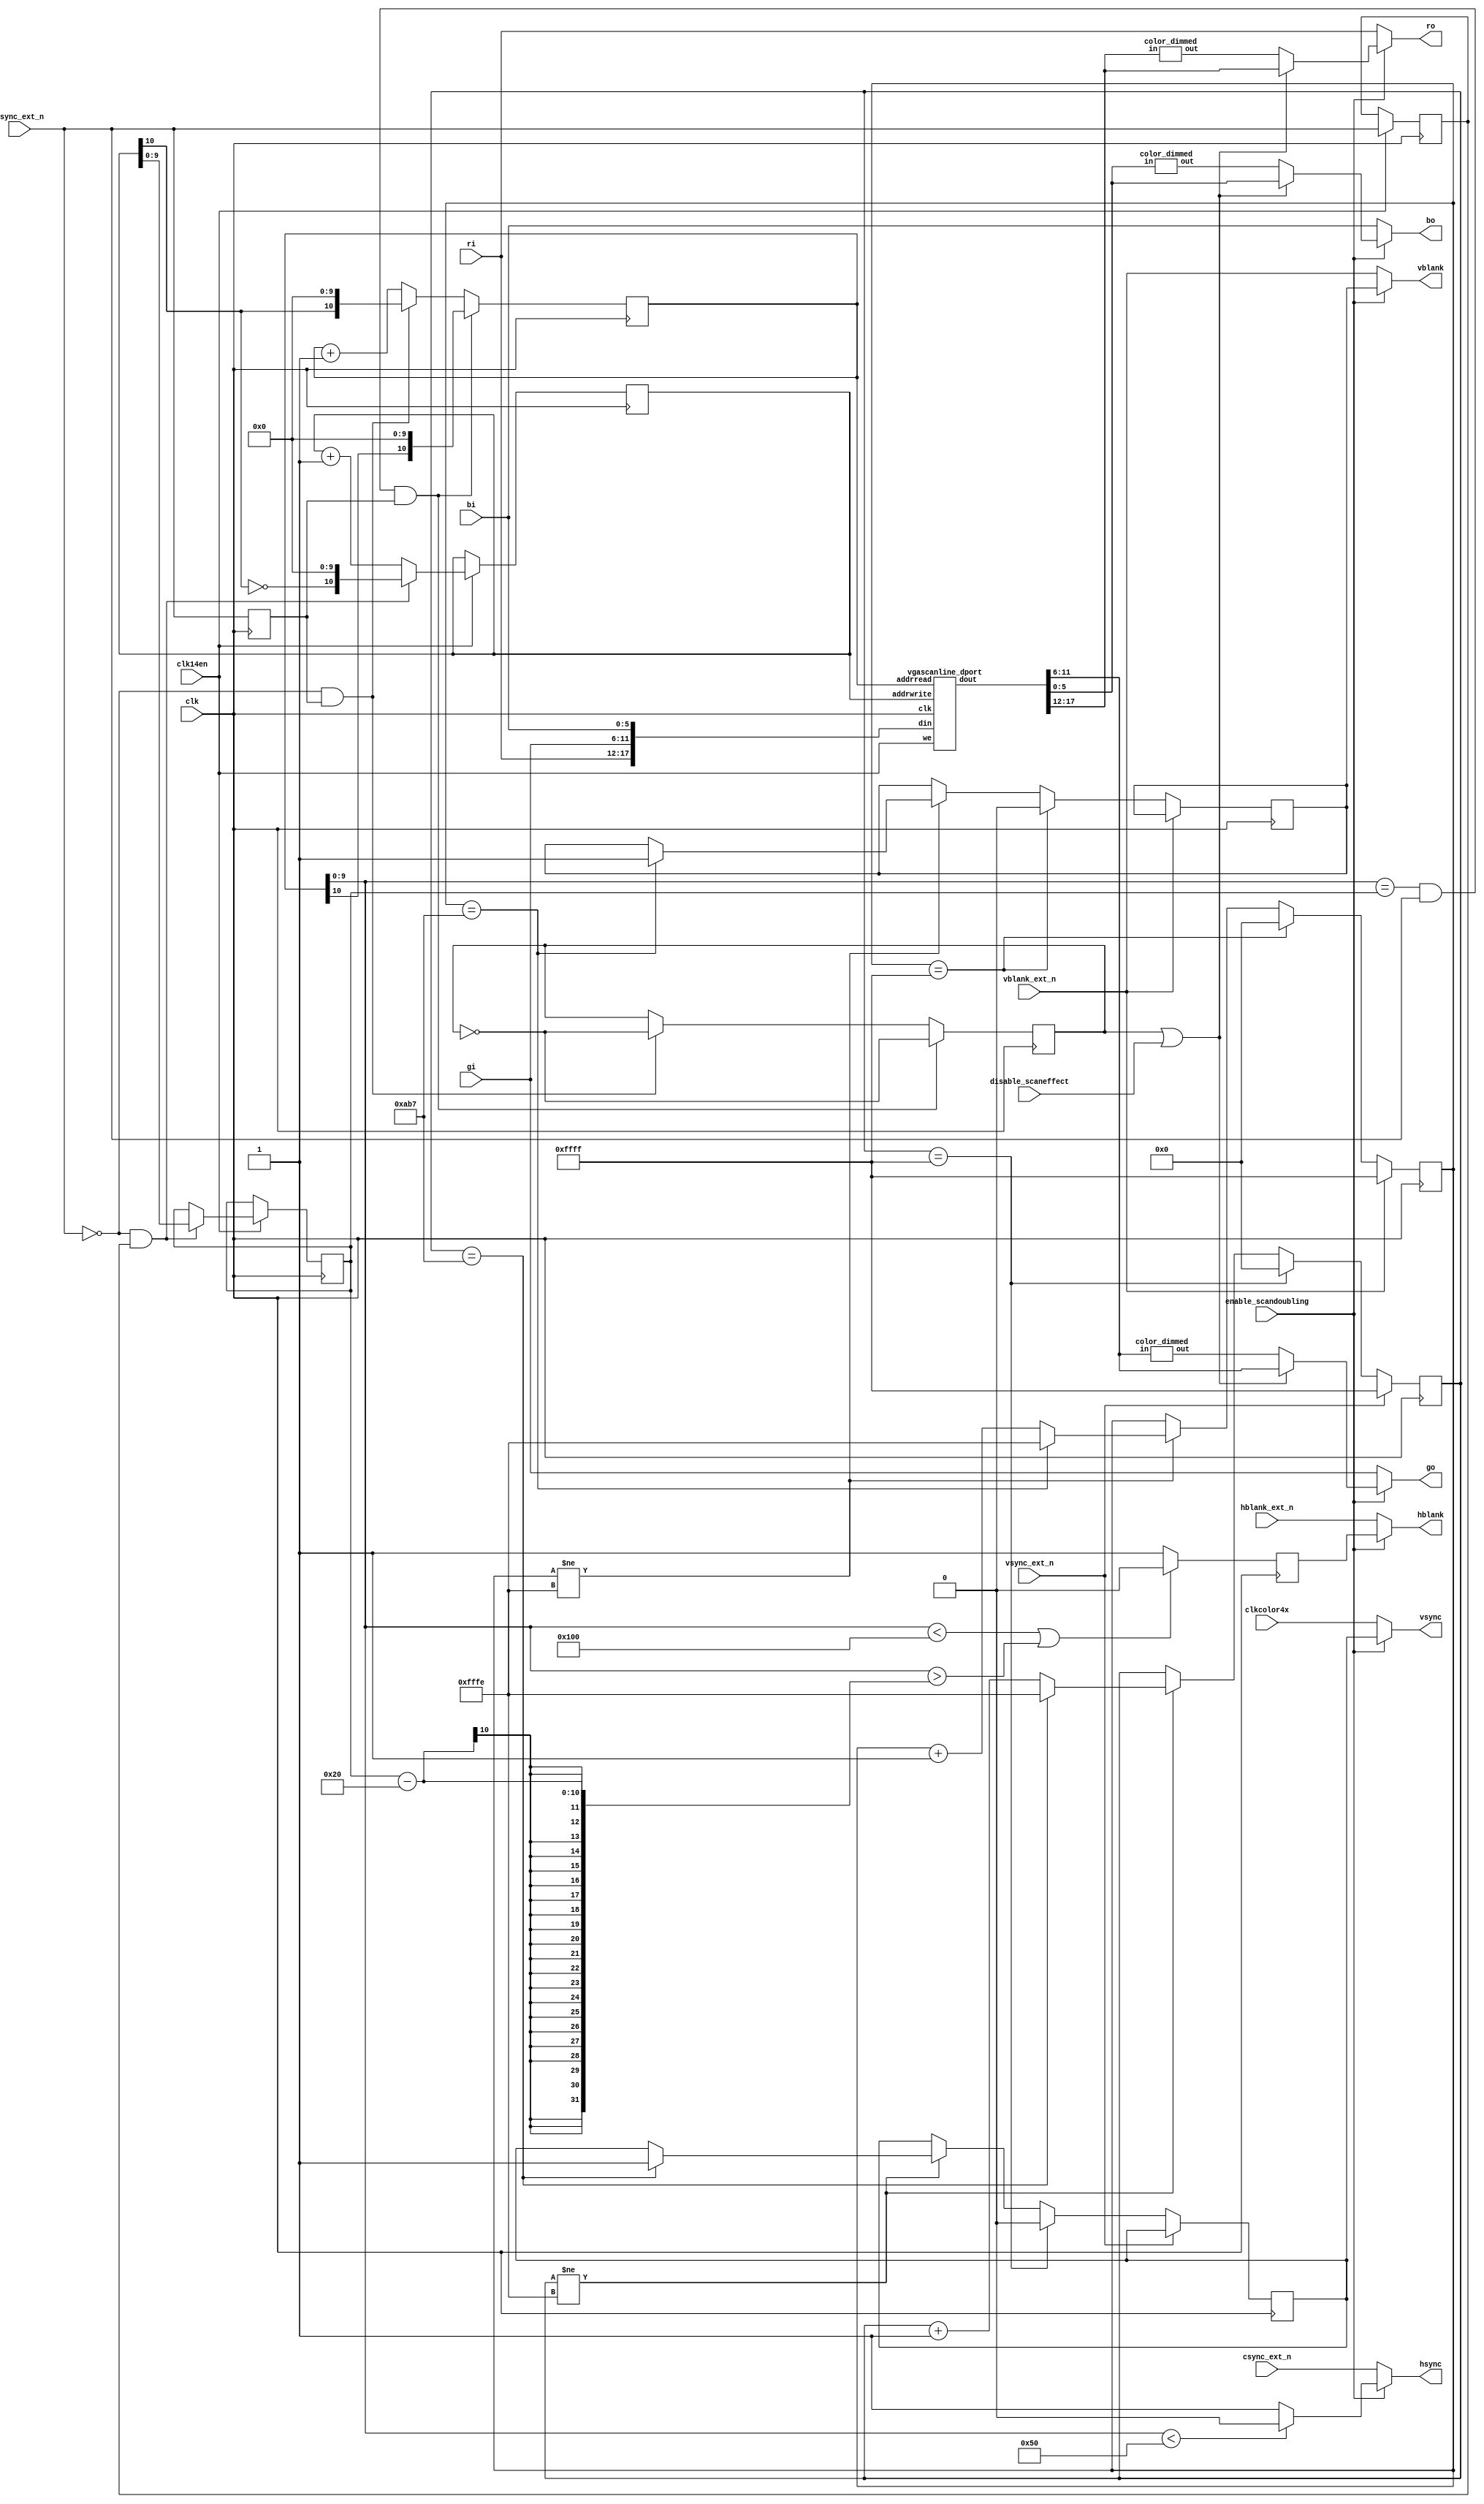
`timescale 1ns / 1ps
`default_nettype none

//    This file is part of the ZXUNO Spectrum core. 
//    Creation date is 17:57:54 2015-09-11 by Miguel Angel Rodriguez Jodar
//    (c)2014-2020 ZXUNO association.
//    ZXUNO official repository: http://svn.zxuno.com/svn/zxuno
//    Username: guest   Password: zxuno
//    Github repository for this core: https://github.com/mcleod-ideafix/zxuno_spectrum_core
//
//    ZXUNO Spectrum core is free software: you can redistribute it and/or modify
//    it under the terms of the GNU General Public License as published by
//    the Free Software Foundation, either version 3 of the License, or
//    (at your option) any later version.
//
//    ZXUNO Spectrum core is distributed in the hope that it will be useful,
//    but WITHOUT ANY WARRANTY; without even the implied warranty of
//    MERCHANTABILITY or FITNESS FOR A PARTICULAR PURPOSE.  See the
//    GNU General Public License for more details.
//
//    You should have received a copy of the GNU General Public License
//    along with the ZXUNO Spectrum core.  If not, see <https://www.gnu.org/licenses/>.
//
//    Any distributed copy of this file must keep this notice intact.

module vga_scandoubler (
  input wire clk,
  input wire clkcolor4x,
  input wire clk14en,
  input wire enable_scandoubling,
  input wire disable_scaneffect,  // 1 to disable scanlines
  input wire [5:0] ri,
  input wire [5:0] gi,
  input wire [5:0] bi,
  input wire hsync_ext_n,
  input wire vsync_ext_n,
  input wire hblank_ext_n,
  input wire vblank_ext_n,
  input wire csync_ext_n,
  output reg [5:0] ro,
  output reg [5:0] go,
  output reg [5:0] bo,
  output reg hsync,
  output reg vsync,
  output reg hblank,
  output reg vblank
  
  );
 
  parameter [31:0] CLKVIDEO = 12000;
 
  // http://www.epanorama.net/faq/vga2rgb/calc.html
  // SVGA 800x600
  // HSYNC = 3.36us  VSYNC = 114.32us

//[*User-Defined_mode,(800X600)]
//PIXEL_CLK   =   38100
//H_DISP   =   800
//H_FPORCH   =   32
//H_SYNC   =   128
//H_BPORCH   =   128
//H_SYNC_POL   =   0
//V_DISP   =   600
//V_FPORCH   =   1
//V_SYNC   =   4
//V_BPORCH   =   14
//V_SYNC_POL   =   0
//INTERLACE_ENABLE  =  0
  
  parameter [63:0] HSYNC_COUNT = (CLKVIDEO * 3360 * 2)/1000000;
  parameter [63:0] VSYNC_COUNT = (CLKVIDEO * 114320 * 2)/1000000;
 
  parameter [63:0] HBLANK_COUNT = 128+128; // H_FPORCH + HSYNC + H_BPORCH -> el H_FPORCH (32 en este caso) lo controlamos fuera de esta variable
  parameter [63:0] VBLANK_COUNT = 1+4+14; // V_FPORCH + VSYNC + V_BPORCH

  reg [10:0] addrvideo = 11'd0, addrvga = 11'b00000000000;
  reg [9:0] totalhor = 10'd0;

  wire [5:0] rout, gout, bout;
  // Memoria de doble puerto que guarda la informacin de dos scans
  // Cada scan puede ser de hasta 1024 puntos, incluidos aqu los
  // puntos en negro que se pintan durante el HBlank

  vgascanline_dport memscan (
    .clk(clk),
    .addrwrite(addrvideo),
    .addrread(addrvga),
    .we(clk14en),
    .din({ri,gi,bi}),
    .dout({rout,gout,bout})
  );

  // Para generar scanlines:
  reg scaneffect = 1'b0;
  wire [5:0] rout_dimmed, gout_dimmed, bout_dimmed;
  color_dimmed apply_to_red   (rout, rout_dimmed);
  color_dimmed apply_to_green (gout, gout_dimmed);
  color_dimmed apply_to_blue  (bout, bout_dimmed);
  wire [5:0] ro_vga = (scaneffect | disable_scaneffect)? rout : rout_dimmed;
  wire [5:0] go_vga = (scaneffect | disable_scaneffect)? gout : gout_dimmed;
  wire [5:0] bo_vga = (scaneffect | disable_scaneffect)? bout : bout_dimmed;
  
  // Voy alternativamente escribiendo en una mitad o en otra del scan buffer
  // Cambio de mitad cada vez que encuentro un pulso de sincronismo horizontal
  // En "totalhor" mido el nmero de ciclos de reloj que hay en un scan
  reg hsync_ext_n_prev = 1'b1;
  always @(posedge clk) begin
    if (clk14en == 1'b1) begin
      hsync_ext_n_prev <= hsync_ext_n;
      if (hsync_ext_n == 1'b0 && hsync_ext_n_prev == 1'b1) begin
        totalhor <= addrvideo[9:0];
        addrvideo <= {~addrvideo[10],10'b0000000000};
      end
      else
        addrvideo <= addrvideo + 11'd1;
    end
  end
 
  // Recorro el scanbuffer al doble de velocidad, generando direcciones para
  // el scan buffer. Cada vez que el video original ha terminado una linea,
  // cambio de mitad de buffer. Cuando termino de recorrerlo pero an no
  // estoy en un retrazo horizontal, simplemente vuelvo a recorrer el scan buffer
  // desde el mismo origen
  // Cada vez que termino de recorrer el scan buffer basculo "scaneffect" que
  // uso despus para mostrar los pxeles a su brillo nominal, o con su brillo
  // reducido para un efecto chachi de scanlines en la VGA
 
  reg hsync_ext_n_prev2 = 1'b1;
  always @(posedge clk) begin
      hsync_ext_n_prev2 <= hsync_ext_n;
      if (addrvga[9:0] == totalhor && hsync_ext_n == 1'b1 && hsync_ext_n_prev2 == 1'b1) begin
         addrvga <= {addrvga[10], 10'b000000000};
         scaneffect <= ~scaneffect;
      end
      else if (hsync_ext_n == 1'b0 && hsync_ext_n_prev2 == 1'b1 /*&& addrvga[9] == 1'b0*/) begin
        addrvga <= {addrvideo[10],10'b000000000};
        scaneffect <= ~scaneffect;
      end
      else
        addrvga <= addrvga + 11'd1;
  end

  // El HSYNC de la VGA est bajo slo durante HSYNC_COUNT ciclos a partir del comienzo
  // del barrido de un scanline
  reg hsync_vga, vsync_vga;
    
  always @* begin
    if (addrvga[9:0] < HSYNC_COUNT[9:0])
       hsync_vga = 1'b0;
    else
       hsync_vga = 1'b1;
  end


  reg hblank_vga, vblank_vga;
always @(posedge clk) begin
    if (addrvga[9:0] < HBLANK_COUNT[9:0] || addrvga[9:0] > totalhor - 32 ) //H_FPORCH (32 en este caso)
       hblank_vga = 1'b0;
    else
       hblank_vga = 1'b1;
  end

  
  // El VSYNC de la VGA est bajo slo durante VSYNC_COUNT ciclos a partir del flanco de
  // bajada de la seal de sincronismo vertical original
  reg [15:0] cntvsync = 16'hFFFF;
  initial vsync_vga = 1'b1;
  always @(posedge clk) begin
      if (vsync_ext_n == 1'b0) begin
        if (cntvsync == 16'hFFFF) begin
          cntvsync <= 16'd0;
          vsync_vga <= 1'b0;
        end
        else if (cntvsync != 16'hFFFE) begin
          if (cntvsync == VSYNC_COUNT[15:0]) begin
            vsync_vga <= 1'b1;
            cntvsync <= 16'hFFFE;
          end
          else
            cntvsync <= cntvsync + 16'd1;
        end
      end
      else if (vsync_ext_n == 1'b1)
        cntvsync <= 16'hFFFF;
  end

  
  // El VBLANK de la VGA est bajo slo durante VBLANK_COUNT ciclos a partir del flanco de
  // bajada de la seal de Blank vertical original
  reg [15:0] cntvblank = 16'hFFFF;
  initial vblank_vga = 1'b1;
  always @(posedge clk) begin
      if (vblank_ext_n == 1'b0) begin
        if (cntvblank == 16'hFFFF) begin
          cntvblank <= 16'd0;
          vblank_vga <= 1'b0;
        end
        else if (cntvblank != 16'hFFFE) begin
          if (cntvblank == VSYNC_COUNT[15:0]) begin
            vblank_vga <= 1'b1;
            cntvblank <= 16'hFFFE;
          end
          else
            cntvblank <= cntvblank + 16'd1;
        end
      end
      else if (vblank_ext_n == 1'b1)
        cntvblank <= 16'hFFFF;
  end
  
  
  always @* begin
    if (enable_scandoubling == 1'b0) begin // 15kHz output
      ro = ri;
      go = gi;
      bo = bi;
      hsync = csync_ext_n;
      vsync = clkcolor4x;
      hblank = hblank_ext_n;
      vblank = vblank_ext_n;
    end
    else begin  // VGA output
      ro = ro_vga;
      go = go_vga;
      bo = bo_vga;
      hsync = hsync_vga;
      vsync = vsync_vga;
      hblank = hblank_vga;
      vblank = vblank_vga;
    end
  end
    
endmodule

// Una memoria de doble puerto: uno para leer, y otro para
// escribir. Es de 2048 direcciones: 1024 se emplean para
// guardar un scan, y otros 1024 para el siguiente scan
module vgascanline_dport (
 input wire clk,
 input wire [10:0] addrwrite,
 input wire [10:0] addrread,
 input wire we,
 input wire [17:0] din,
 output reg [17:0] dout
 );
 
reg [17:0] scan[0:2047]; // two scanlines
    always @(posedge clk) begin
        dout <= scan[addrread];
        if (we == 1'b1)
            scan[addrwrite] <= din;
    end
endmodule

module color_dimmed (
  input wire [5:0] in,
  output wire [5:0] out // out se escala siendo alrededor del 70% de in (70% = 0.7 = .1011 aprox.)
  );
    
  assign out = {1'b0, in[5:1]} + {3'b000, in[5:3]} + {4'b0000, in[5:4]};
endmodule